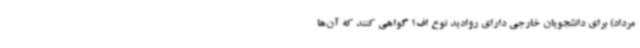
مرداد) برای دانشجویان خارجی دارای روادید نوع اف1 گواهی کنند که آن‌ها